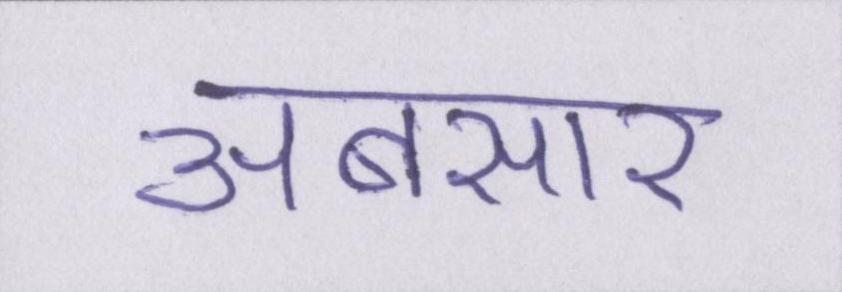
अबसार